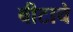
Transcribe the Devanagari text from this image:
बीटाचे